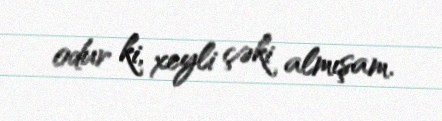
odur ki, xeyli çəki almışam.